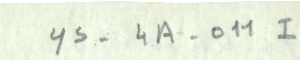
YS-4A-011I